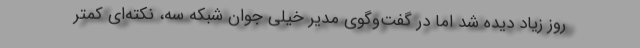
روز زیاد دیده شد اما در گفت‌وگوی مدیر خیلی جوان شبکه سه، نکته‌ای کمتر